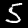
Digit: 5